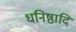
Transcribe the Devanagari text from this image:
धनिष्ठादि